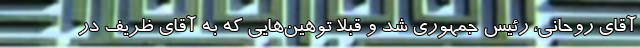
آقای روحانی، رئیس جمهوری شد و قبلاً توهین‌هایی که به آقای ظریف در